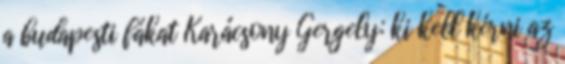
a budapesti fákat Karácsony Gergely: ki kell kérni az